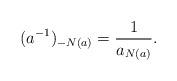
LaTeX: \begin{align*}(a^{-1})_{-N(a)} = \frac{1}{a_{N(a)}}. \end{align*}